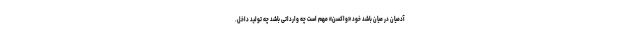
آدمیان در میان باشد خود «واکسن» مهم است چه وارداتی باشد چه تولید داخل.